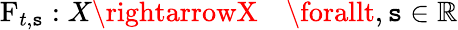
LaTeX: \operatorname{F}_{t,\mathtt{s}}:X\rightarrowX\quad\forallt,\mathtt{s}\in\mathbb{{R}}